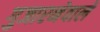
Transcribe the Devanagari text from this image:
गुजारनेवाले